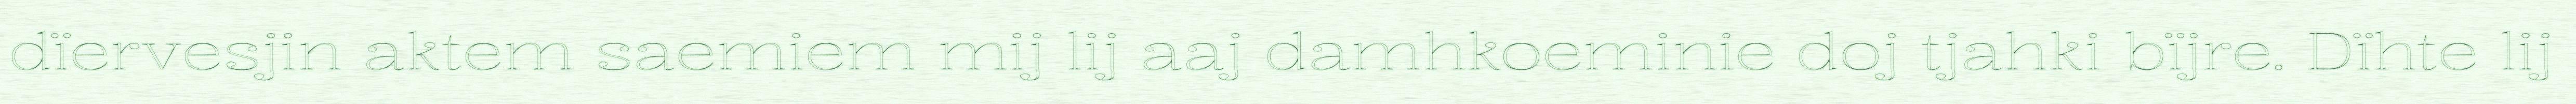
dïervesjin aktem saemiem mij lij aaj damhkoeminie doj tjahki bïjre. Dïhte lij